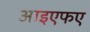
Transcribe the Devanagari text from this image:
आइएफए